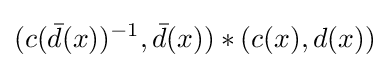
(c({\bar {d}}(x))^{-1},{\bar {d}}(x))*(c(x),d(x))